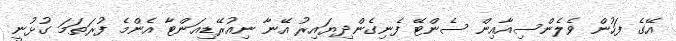
އޭގެ ފަހުން ވެލެންސިއާއިން ސެންޓޭ ފެނިގެންދިޔައިރު އޭނާ ނިއުރޭޑިއަންޓާ އެންމެ ފުރަތަމަ ގުޅުނީ